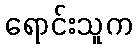
ရောင်းသူက